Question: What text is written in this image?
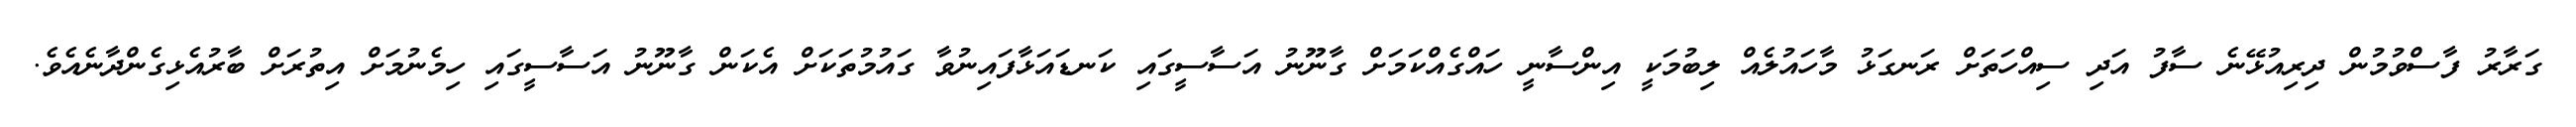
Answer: ގަރާރު ފާސްވުމުން ދިރިއުޅޭނެ ސާފު އަދި ސިއްހަތަށް ރަނގަޅު މާހައުލެއް ލިބުމަކީ އިންސާނީ ހައްގެއްކަމަށް ގާނޫނު އަސާސީގައި ކަނޑައަޅާފައިނުވާ ގައުމުތަކަށް އެކަން ގާނޫނު އަސާސީގައި ހިމެނުމަށް އިތުރަށް ބާރުއެޅިގެންދާނެއެވެ.